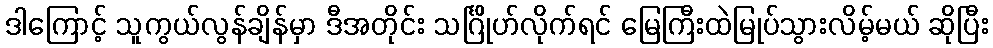
ဒါကြောင့် သူကွယ်လွန်ချိန်မှာ ဒီအတိုင်း သင်္ဂြိုဟ်လိုက်ရင် မြေကြီးထဲမြုပ်သွားလိမ့်မယ် ဆိုပြီး